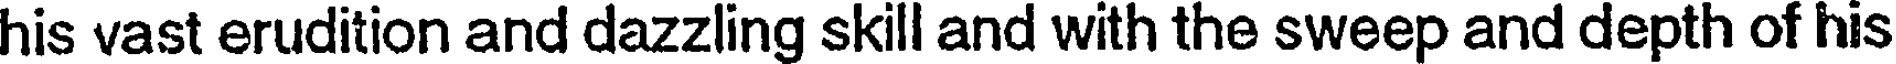
his vast erudition and dazzling skill and with the sweep and depth of his